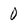
Character: 0